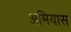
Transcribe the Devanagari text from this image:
अमियास